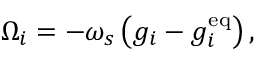
\Omega _ { i } = - \omega _ { s } \left( g _ { i } - g _ { i } ^ { \mathrm { e q } } \right) ,